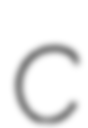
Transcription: C